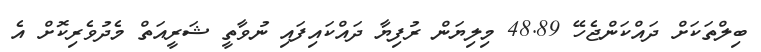
ބިލްތަކަށް ދައްކަންޖެހޭ 48.89 މިލިޔަން ރުފިޔާ ދައްކައިފައި ނުވާތީ ޝަރީއަތް މެދުވެރިކޮށް އެ